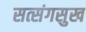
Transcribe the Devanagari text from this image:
सत्संगसुख